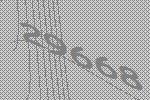
29668